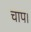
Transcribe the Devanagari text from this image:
चाप।